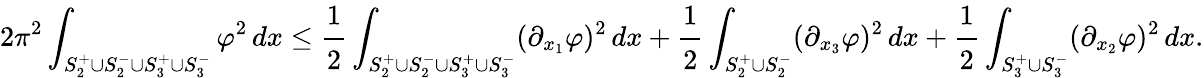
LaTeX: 2\pi^{2}\int_{S_{2}^{+}\cup S_{2}^{-}\cup S_{3}^{+}\cup S_{3}^{-}}\varphi^{2}\, dx\le\cfrac{1}{2}\int_{S_{2}^{+}\cup S_{2}^{-}\cup S_{3}^{+}\cup S_{3}^{-}}(\partial_{x_{1}}\varphi)^{2}\, dx+\cfrac{1}{2}\int_{S_{2}^{+}\cup S_{2}^{-}}(\partial_{x_{3}}\varphi)^{2}\, dx+\cfrac{1}{2}\int_{S_{3}^{+}\cup S_{3}^{-}}(\partial_{x_{2}}\varphi)^{2}\, dx.